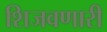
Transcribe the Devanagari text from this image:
शिजवणारी